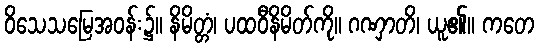
ဝိသေသမြေအဝန်း၌။ နိမိတ္တံ၊ ပထဝီနိမိတ်ကို။ ဂဏှာတိ၊ ယူ၏။ ကတေ